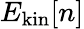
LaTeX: E_{\mathrm{kin}}[n]